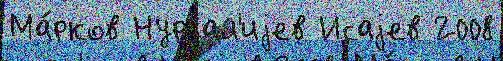
Ма́рков Нургал'иjев Исаjев 2008